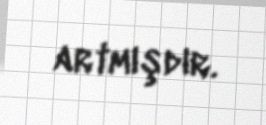
artmışdır.